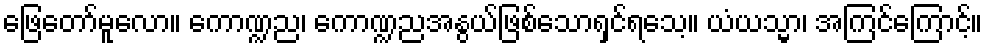
ဖြေတော်မူလော။ ကောဏ္ဍည၊ ကောဏ္ဍညအနွယ်ဖြစ်သောရှင်ရသေ့။ ယံယသ္မာ၊ အကြင်ကြောင့်။